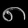
Digit: ၈